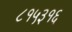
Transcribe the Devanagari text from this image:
८१५३१६